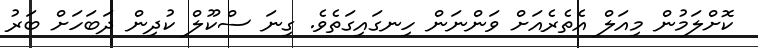
ކޮށްލަމުން މިއަލް އެތެރެއަށް ވަންނަން ހިނގައިގަތެވެ. ގިނަ ސްކޫލް ކުދިން ދަބަހަށް ބަރު